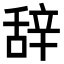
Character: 辞